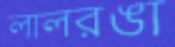
লালরঙা